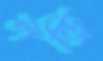
লন্ড্রি